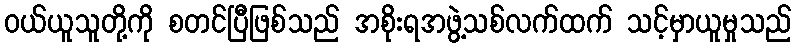
ဝယ်ယူသူတို့ကို စတင်ပြီဖြစ်သည် အစိုးရအဖွဲ့သစ်လက်ထက် သင့်မှာယူမှုသည်